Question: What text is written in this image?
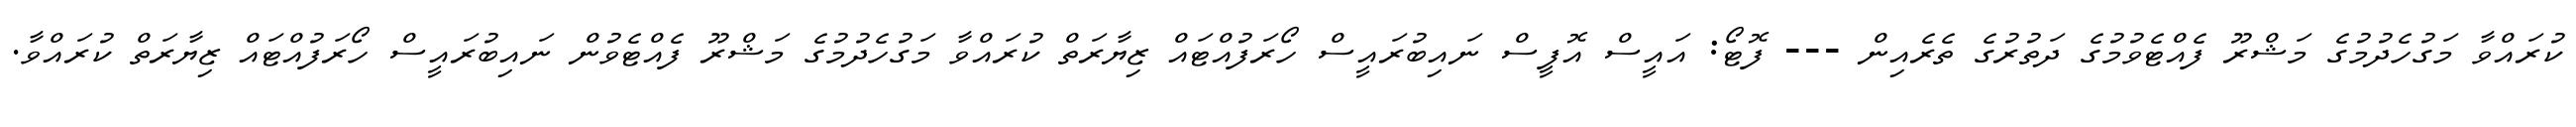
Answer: ކުރައްވާ މަގުހެދުމުގެ މަޝްރޫ ފެއްޓެވުމުގެ ދަތުރުގެ ތެރެއިން --- ފޮޓޯ: އައީސް އޮފީސް ނައިބުރައީސް ހޯރަފުއްޓައް ޒިޔާރަތް ކުރައްވާ މަގުހެދުމުގެ މަޝްރޫ ފެއްޓެވުން ނައިބުރައީސް ހޯރަފުއްޓައް ޒިޔާރަތް ކުރައްވާ.